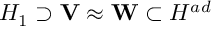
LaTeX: { \cal H } _ { 1 } \supset { \bf V } \approx { \bf W } \subset { \cal H } ^ { a d }